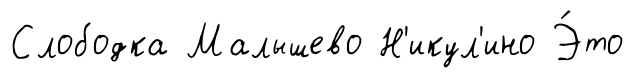
Слободка Малышево Н'икул'ино Э́то